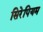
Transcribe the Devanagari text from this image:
सिरेपियम